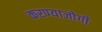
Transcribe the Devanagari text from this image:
करण्‍याजोगी